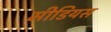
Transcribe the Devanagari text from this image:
मीडियस